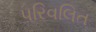
પરિવલિત